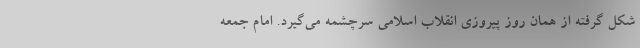
شکل گرفته از همان روز پیروزی انقلاب اسلامی سرچشمه می‌گیرد. امام جمعه